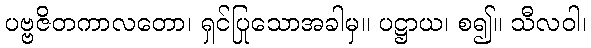
ပဗ္ဗဇိတကာလတော၊ ရှင်ပြုသောအခါမှ။ ပဋ္ဌာယ၊ စ၍။ သီလဝါ၊